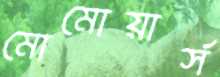
মোমোয়ার্স